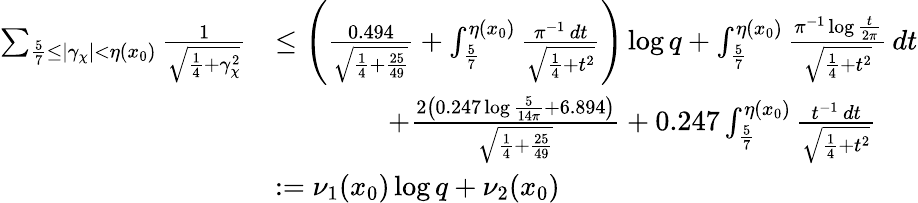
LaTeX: \begin{array}{rl}{\sum_{\frac{5}{7}\leq|\gamma_{\chi}|<\eta(x_{0})}\frac{1}{\sqrt{\frac{1}{4}+\gamma_{\chi}^{2}}}}&{\leq\left(\frac{0.494}{\sqrt{\frac{1}{4}+\frac{25}{49}}}+\int_{\frac{5}{7}}^{\eta(x_{0})}\frac{\pi^{-1}\, dt}{\sqrt{\frac{1}{4}+t^{2}}}\right)\log{q}+\int_{\frac{5}{7}}^{\eta(x_{0})}\frac{\pi^{-1}\log\frac{t}{2\pi}}{\sqrt{\frac{1}{4}+t^{2}}}\, dt}\\ &{\qquad\qquad+\frac{2\left(0.247\log{\frac{5}{14\pi}}+6.894\right)}{\sqrt{\frac{1}{4}+\frac{25}{49}}}+0.247\int_{\frac{5}{7}}^{\eta(x_{0})}\frac{t^{-1}\, dt}{\sqrt{\frac{1}{4}+t^{2}}}}\\ &{:=\nu_{1}(x_{0})\log{q}+\nu_{2}(x_{0})}\end{array}